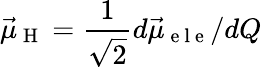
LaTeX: \vec{\mu}_{\mathrm{~H~}}=\frac{1}{\sqrt{2}}d\vec{\mu}_{\mathrm{~e~l~e~}}/dQ